Civil Veterinary Dept. Bombay admin report 1932-41 - 1932-1941
Year: 1932
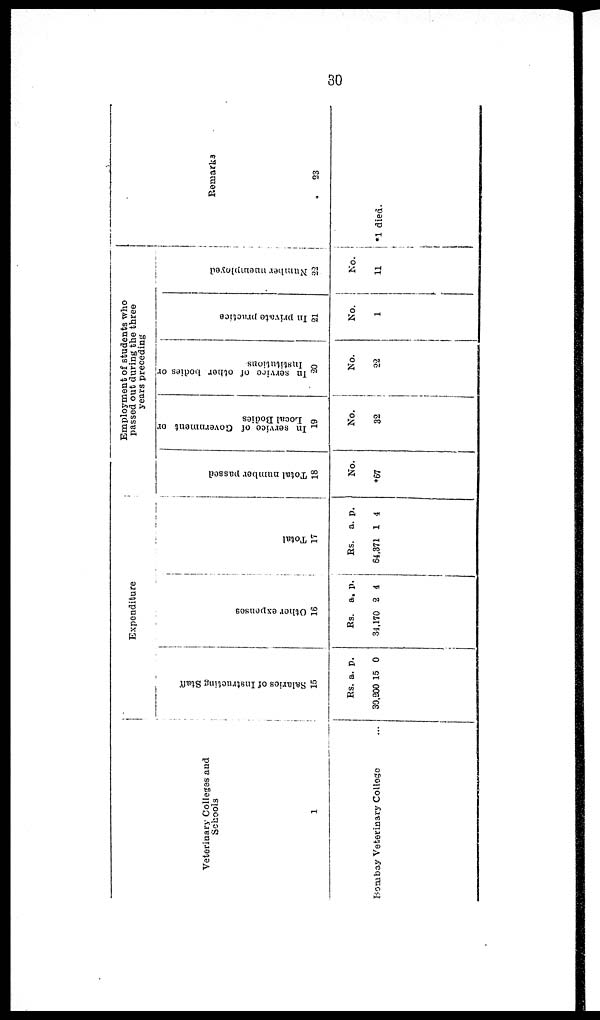
30
Veterinary Colleges and
Schools
1
Bombay Veterinary College ...
Expenditure
Salaries of I ns t
r uct i
ng St af f
15
Rs.
30,200
a.
15
p.
0
Other e xpe ns e s
16
Rs.
34,170
a.
2
p.
4
Total
17
Rs.
64,371
a.
1
p.
4
Employment of students who
passed out during the three
years preceding
Total number passed
18
No.
*67
In service of Government or
Local Bodies
19
No.
32
In
service of other bodies or
Institutions
20
No.
22
In private practice
21
No.
1
Number unemployed
22
No.
11
Remarks
23
*1 died.